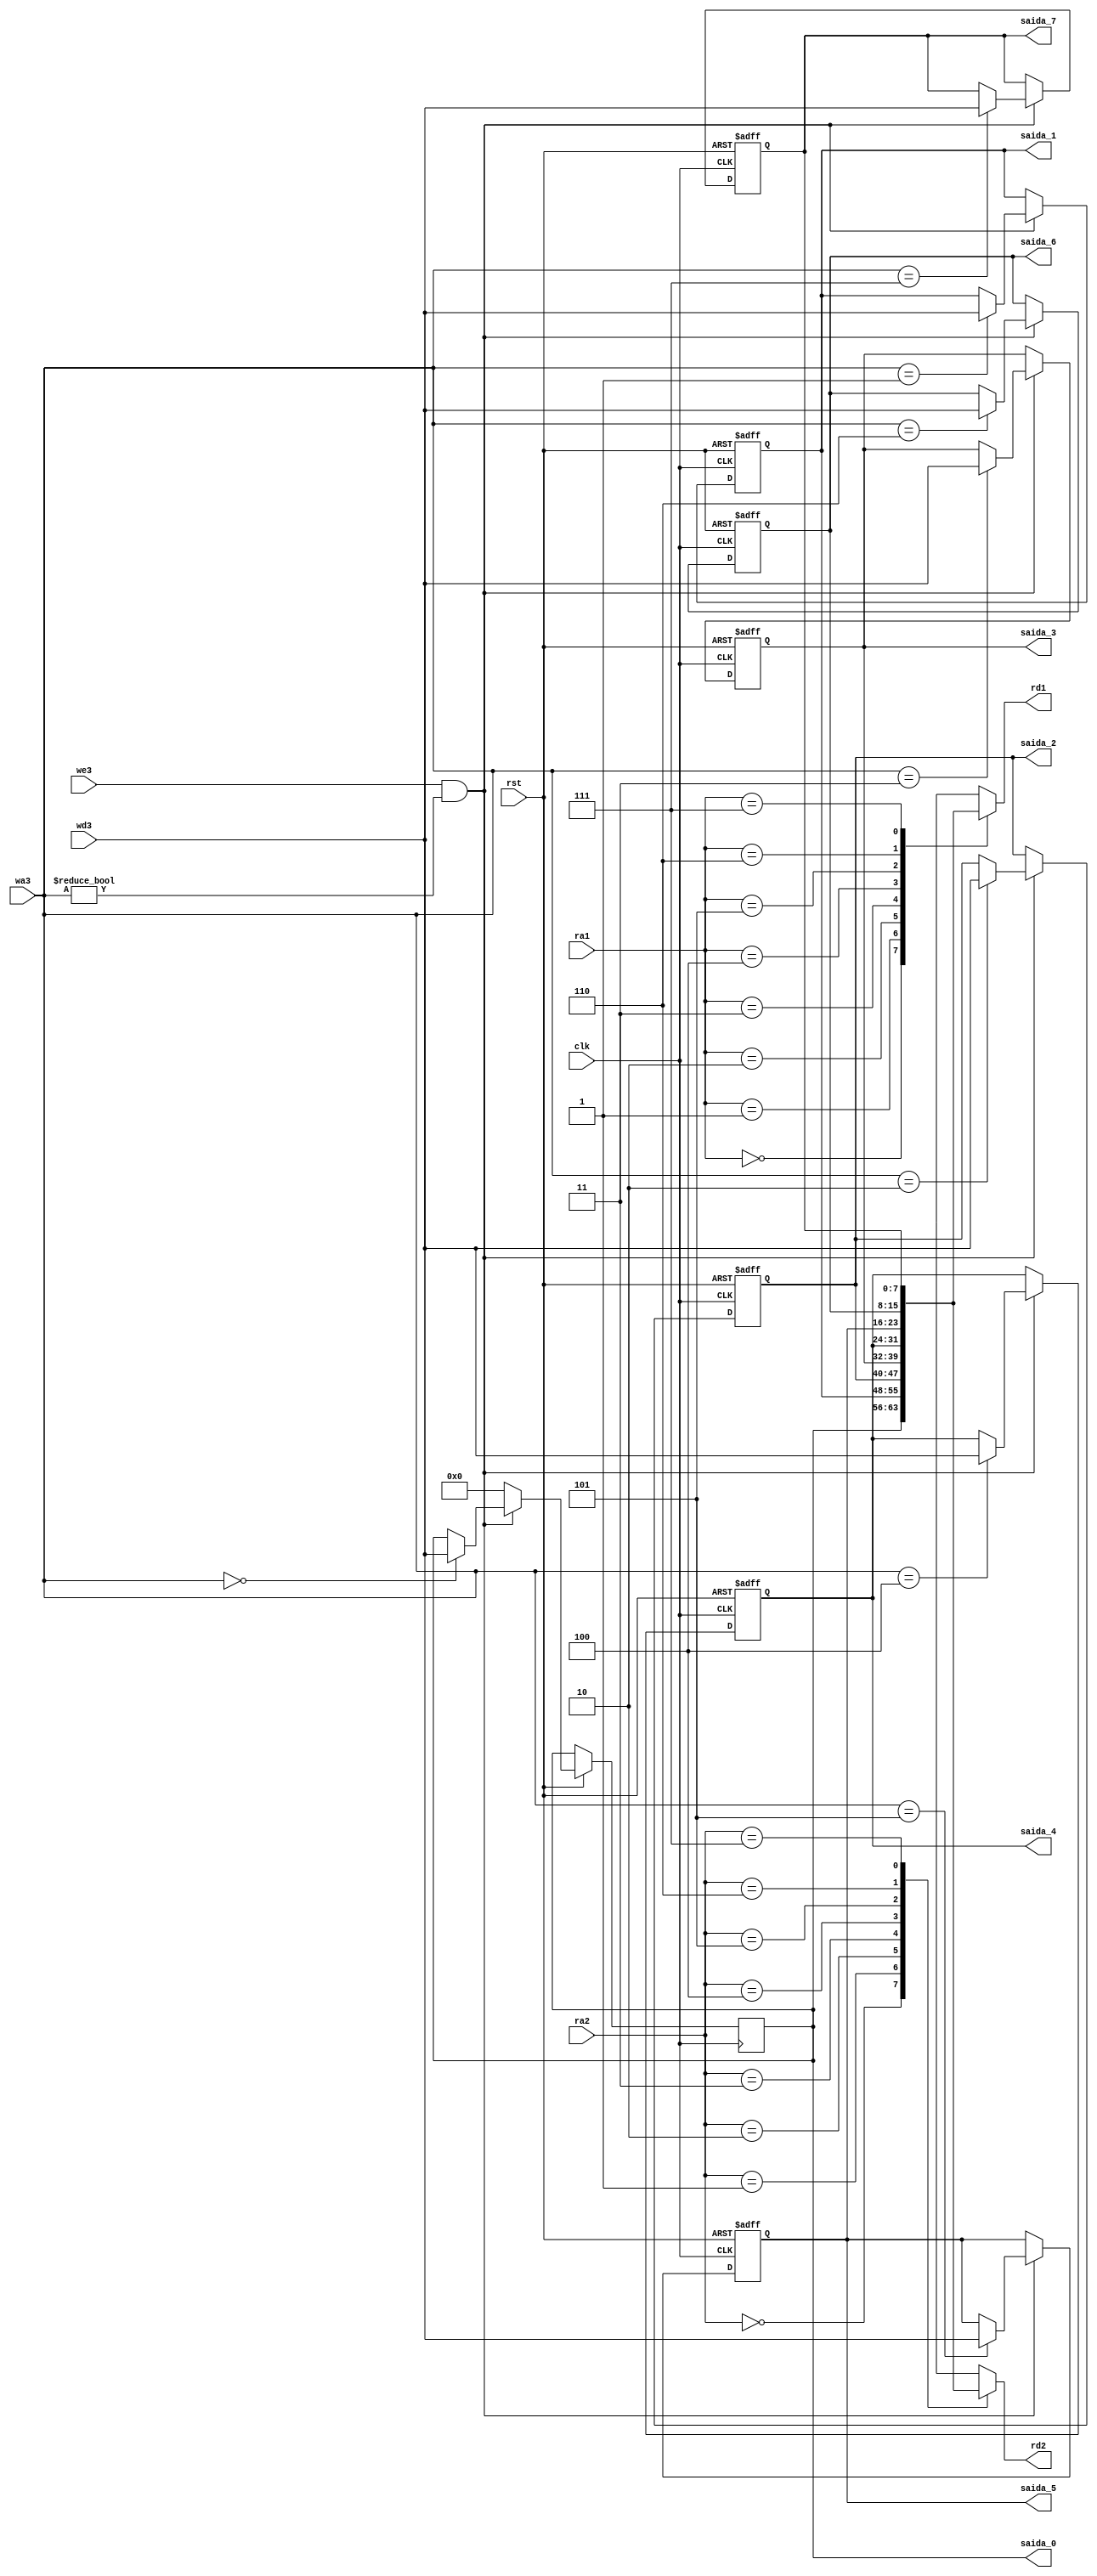
module registrars_bank 
(input [7:0] wd3,
input [2:0] wa3,
input we3, clk,
input [2:0]  ra1, ra2,
input rst,
output [7:0] rd1, rd2,
output [7:0] saida_0, saida_1, saida_2, saida_3, saida_4, saida_5, saida_6, saida_7);

reg [7:0] register [7:0];
integer i;
//assign register[0]=0;
//assign register[wa3] = (we3&(|wa3))?wd3:register[wa3]; //Se we3 for 1 e wa3 diferente de 0 recebe wd3 se nao continua o mesmo valor
//assign register[7:0] = (!rst)?0:register[7:0];

always @ (posedge clk or negedge rst)
begin
		if (!rst) // EM verilog nao podemos mudar todos os arrays de uma vez
		begin
			for(i=1;i<8;i=i+1)
			begin
			register[i]<=0;
			end

		end
		else if (we3==1 && wa3 != 0)
			register[wa3]<=wd3;
		else 
		register[0] <=0;
		

end


 assign rd1 = register[ra1];
 assign rd2 = register[ra2];
 assign saida_0 = register[0];
 assign saida_1 = register[1];
 assign saida_2= register[2];
 assign saida_3= register[3];
 assign saida_4 = register[4];
 assign saida_5 = register[5];
 assign saida_6 = register[6];
 assign saida_7 = register[7];

 endmodule